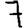
Digit: 7